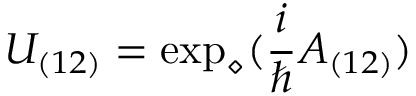
U _ { ( 1 2 ) } = \exp _ { \diamond } ( \frac { i } { \hbar } A _ { ( 1 2 ) } )